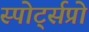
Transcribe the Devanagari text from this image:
स्पोर्ट्सप्रो